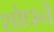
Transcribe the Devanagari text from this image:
शोधने